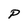
Character: P